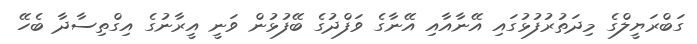
ގަބްރަޔީލްގެ މިދަތުރުފުޅުގައި އޭނާއާއި އޭނާގެ ވަފްދުގެ ބޭފުޅުން ވަނީ އީރާނުގެ އިގްތިސާދާ ބެހޭ